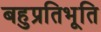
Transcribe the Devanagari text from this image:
बहुप्रतिभूति